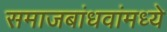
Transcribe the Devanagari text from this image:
समाजबांधवांमध्ये